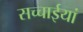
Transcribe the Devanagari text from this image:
सच्चाईयां